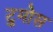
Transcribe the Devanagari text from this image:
टुमोस